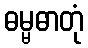
ဓမ္မဓာတုံ